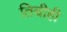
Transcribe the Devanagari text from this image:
तिचीही